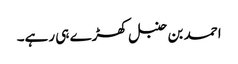
احمد بن حنبل کھڑے ہی رہے۔